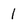
Character: 1